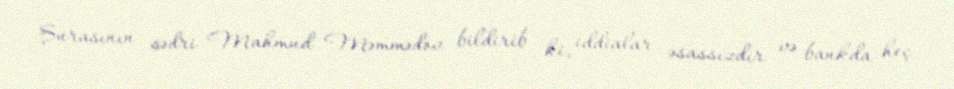
Şurasının sədri Mahmud Məmmədov bildirib ki, iddialar əsassızdır və bankda heç